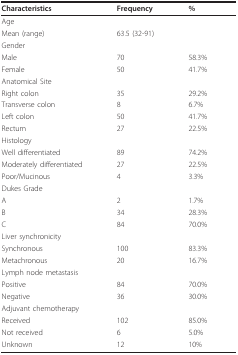
| Characteristics | Frequency | % |
 | --- | --- | --- |
 | Age |  |  |
 | Mean (range) | 63.5 (32-91) |  |
 | Gender |  |  |
 | Male | 70 | 58.3% |
 | Female | 50 | 41.7% |
 | Anatomical Site |  |  |
 | Right colon | 35 | 29.2% |
 | Transverse colon | 8 | 6.7% |
 | Left colon | 50 | 41.7% |
 | Rectum | 27 | 22.5% |
 | Histology |  |  |
 | Well differentiated | 89 | 74.2% |
 | Moderately differentiated | 27 | 22.5% |
 | Poor/Mucinous | 4 | 3.3% |
 | Dukes Grade |  |  |
 | A | 2 | 1.7% |
 | B | 34 | 28.3% |
 | C | 84 | 70.0% |
 | Liver synchronicity |  |  |
 | Synchronous | 100 | 83.3% |
 | Metachronous | 20 | 16.7% |
 | Lymph node metastasis |  |  |
 | Positive | 84 | 70.0% |
 | Negative | 36 | 30.0% |
 | Adjuvant chemotherapy |  |  |
 | Received | 102 | 85.0% |
 | Not received | 6 | 5.0% |
 | Unknown | 12 | 10% |